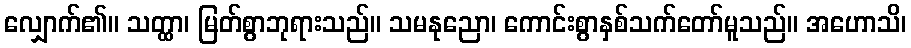
လျှောက်၏။ သတ္ထာ၊ မြတ်စွာဘုရားသည်။ သမနုညော၊ ကောင်းစွာနှစ်သက်တော်မူသည်။ အဟောသိ၊